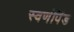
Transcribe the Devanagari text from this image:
स्वर्णपिंड